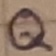
Text: Q